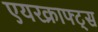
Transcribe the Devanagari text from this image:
एयरक्राफ्ट्स